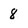
Character: 8